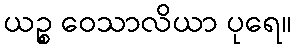
ယဉ္စ ဝေသာလိယာ ပုရေ။